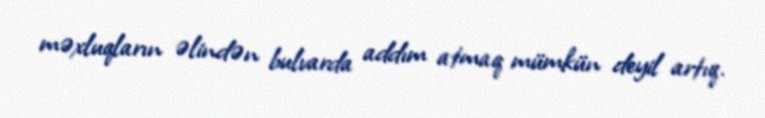
məxluqların əlindən bulvarda addım atmaq mümkün deyil artıq.